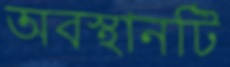
অবস্থানটি